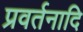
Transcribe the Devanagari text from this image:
प्रवर्तनादि